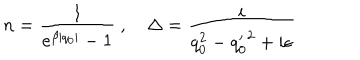
LaTeX: n = \frac { 1 } { e ^ { \beta | q _ { 0 } | } - 1 } ~ , ~ { \Delta } = \frac { i } { q _ { 0 } ^ { 2 } - { q _ { 0 } ^ { \prime } } ^ { 2 } + i \epsilon }